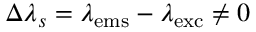
\Delta \lambda _ { s } = \lambda _ { \mathrm { e m s } } - \lambda _ { \mathrm { e x c } } \neq 0